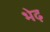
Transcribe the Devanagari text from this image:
भेढ़